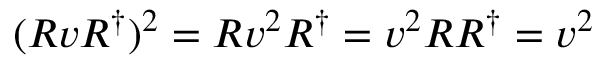
( R v R ^ { \dagger } ) ^ { 2 } = R v ^ { 2 } R ^ { \dagger } = v ^ { 2 } R R ^ { \dagger } = v ^ { 2 }